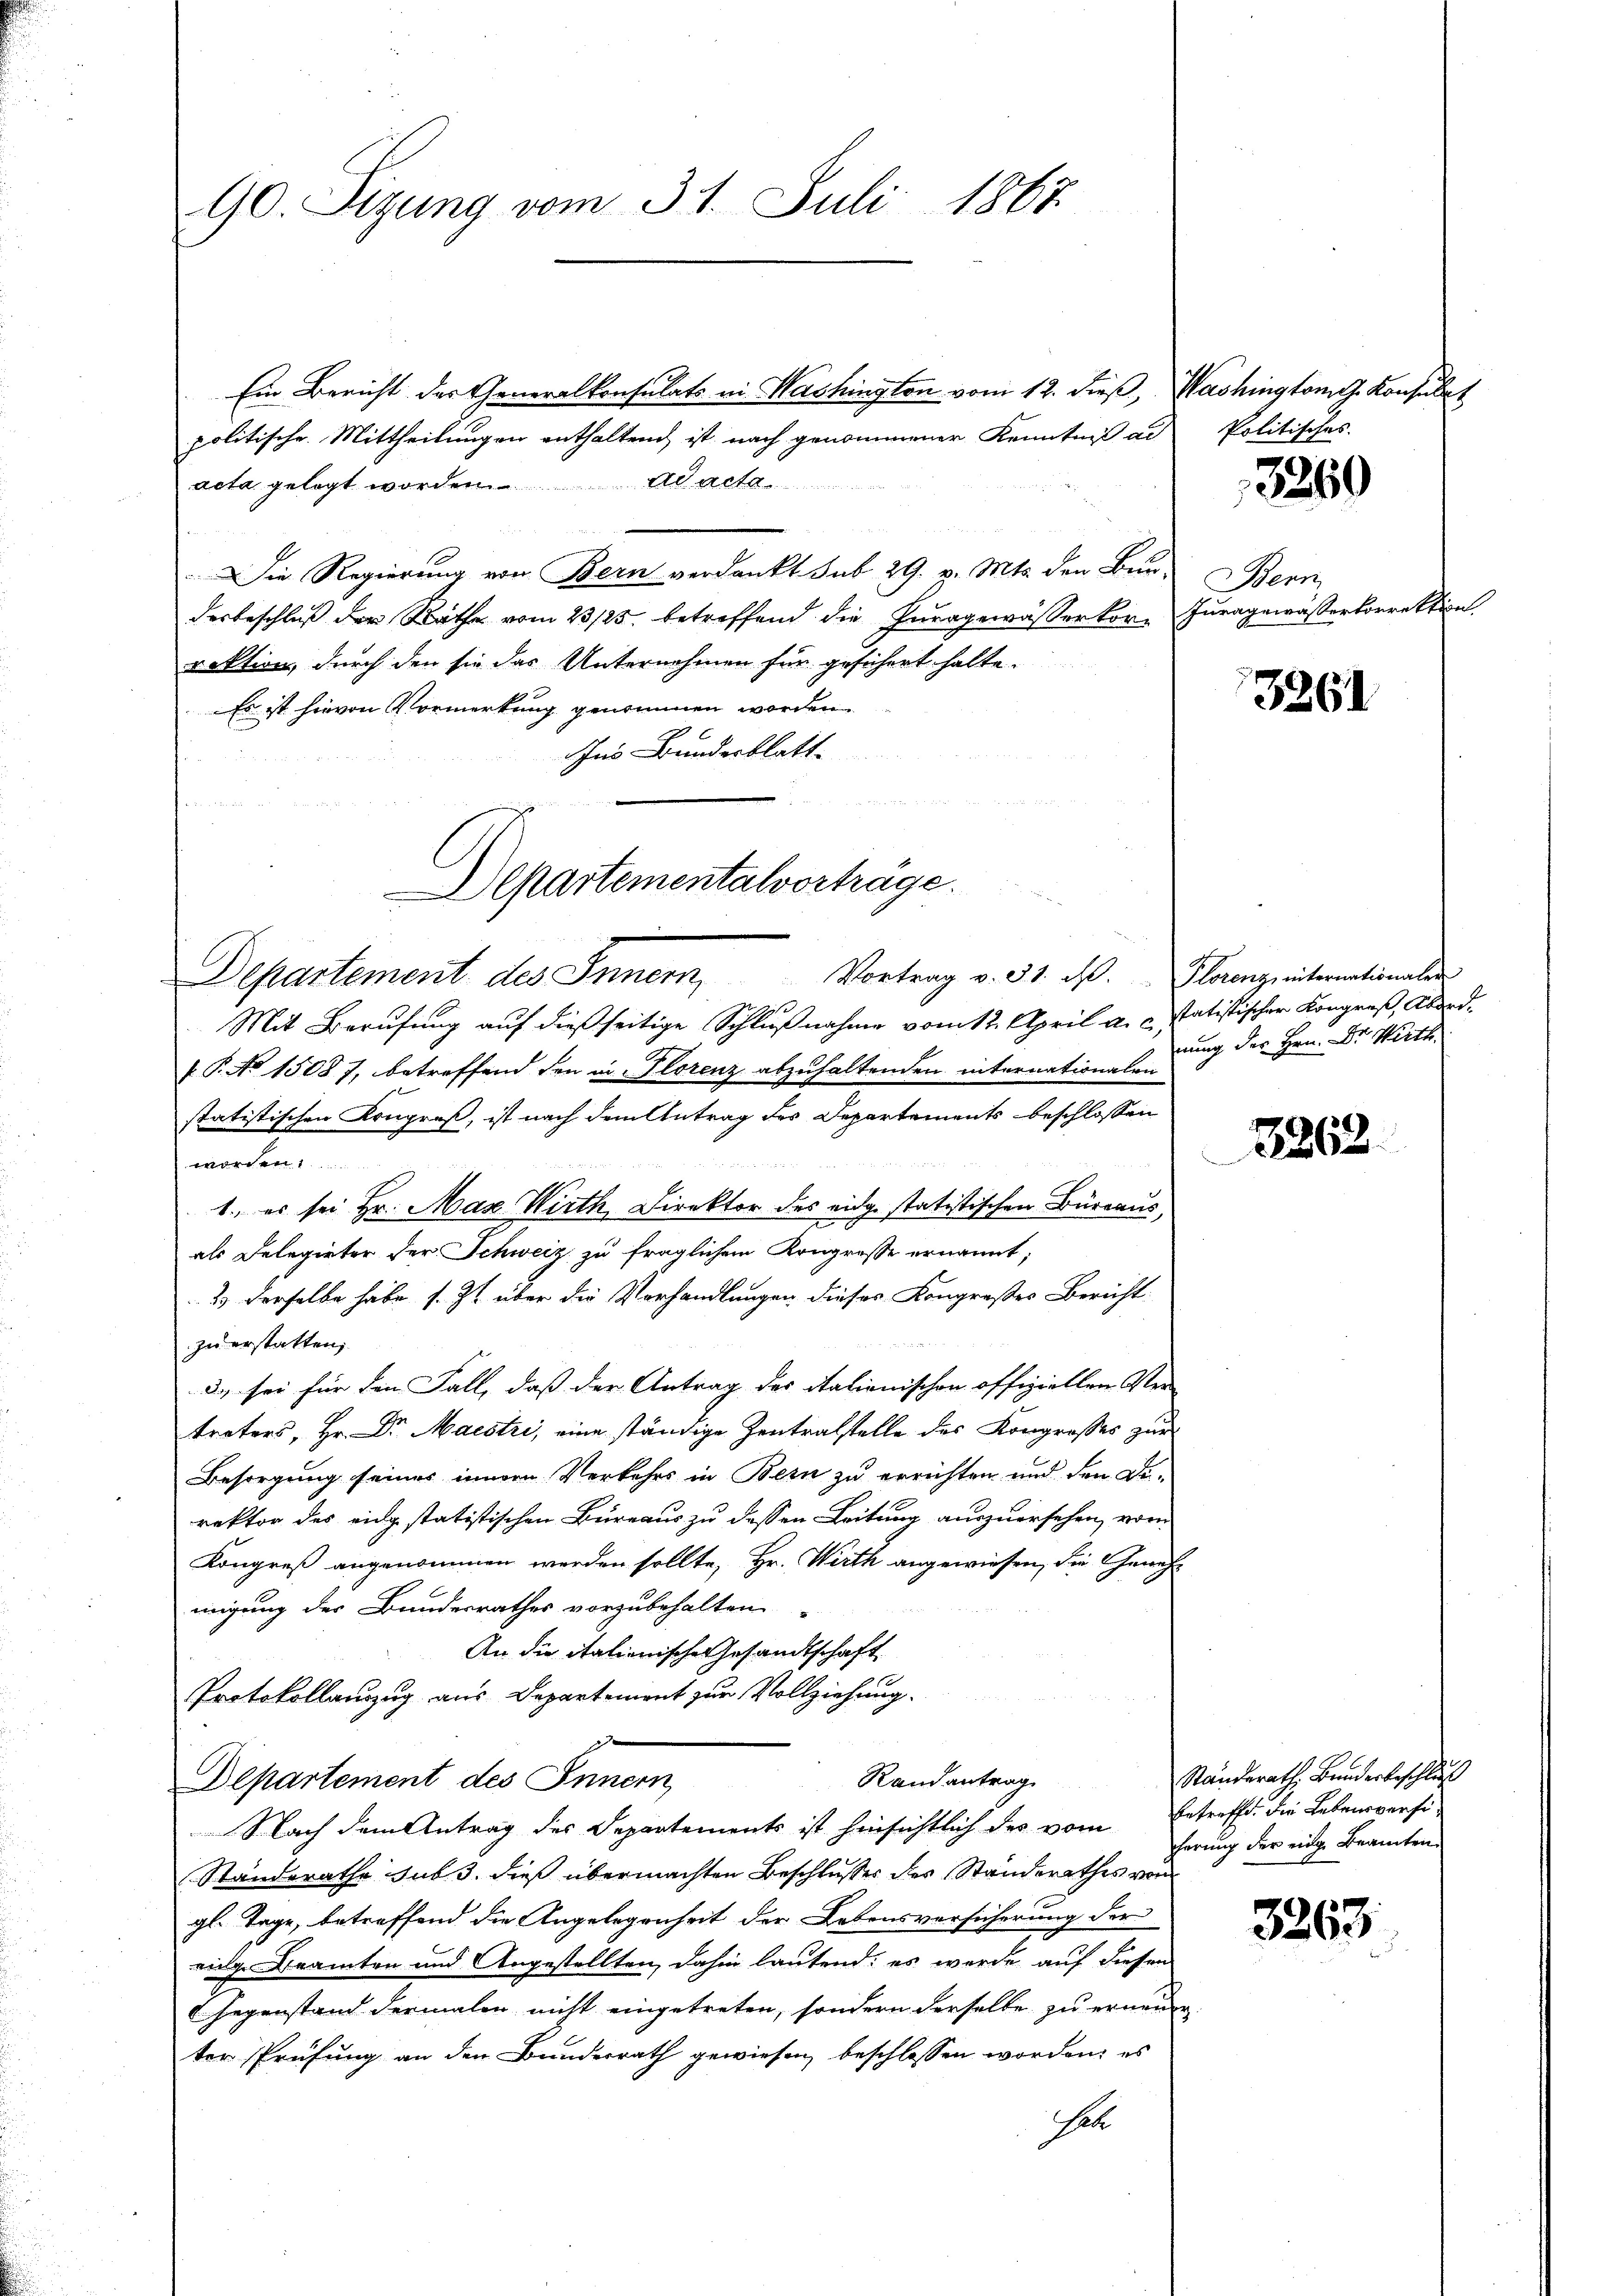
90. Sizung vom 31. Juli 1867

Ein Bericht des Generalkonsulats in Washington vom 12. dieß,
politische Mittheilungen enthaltend, ist nach genommener Kenntniß al
acta gelegt worden. ad acta
Die Regierung von Bern verdankt sub 29. v. Mts. den Bür
derbeschluß der Räthe vom 23/25. betreffend die Zuragewässerkorraktion, durch den sie das Unternehmen für gesichert halte.
Es ist hievon Vormerkung genommen worden.
us Bundesblatt

Departementalverträge.

Departement des Innern,
Mit Berufung auf dießseitige Schlußnahme vom 12. April a. c. statistischer Kongreß, Abend.
P. No 15087, betreffend den in Florenz abzuhaltenden internationalen
statistischen Kongroß, ist nach dem Antrag des Departements beschlossen
worden.

1., es sei Hr. Max Wirth Direktor des eidge statistischen Büreaus
als Delegieter der Schweiz zu fraglichem Kongresse ernannt;
2.) Derselbe habe s. Zt. über die Verhandlungen dieses Kongroßes Bericht
zu erstatten;
3) sei für den Fall, daß der Antrag des italienischen offiziellen Ver-
treters, Hr. Dr. Maestri, eine ständige Zentralstelle des Kongrosses zur
Besorgung seines innen Verkehrs in Bern zu errichten und den Derektor des eidg statistischen Bureaus zu dessen Leitung auszuersehen, vom
Kongreß angenommen werden sollte, Hr. Wirth angewiesen, die Genehmigung der Bundesrathes vorzubehalten.
An die italienische Gesandtschaft
Protokollauszug aus Departement zur Vollziehung.
e
Rand antrag
Departement des Innern,
Nach dem Antrag des Departements ist hinsichtlich des vom Entreffd. die Lebensversi-
Standerathe sub 3. dieß übermachten Beschlusses des Standerathes von
gl. Tage, betreffend die Angelegenheit der Lebensversicherung der
vilge Beamten und Angestellten, dahin lautend: es werde auf diesen
Gegenstand dermalen nicht eingetreten, sondern derselbe zu erneu
ter Prüfung an den Bunderrath gewiesen beschlossen worden; es
hal

Vortrag v. 31. M. Florenz, internationaler

Washington Konsulat
 Politisches.

3260

Benn
Juragewässerkorrektion

3261

nung des Hrn. Dr. Wirth

3262

Ständerath Bunderbeschluß
herung der eige Beamten

3263